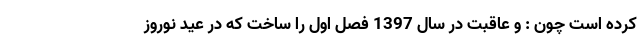
کرده است چون : و عاقبت در سال 1397 فصل اول را ساخت که در عید نوروز